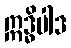
ဣဒ္ဓိပါဒ